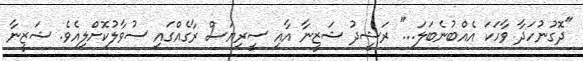
"ދޮގުނުހަދާ ވާހަކަ އެއްބުނެބަލަ..." ރަޝީދު ޝަޒީނާ އާއި ސީރިޔަސް ރާގެއްގައި ސުވާލުކޮށްލިއެވެ. ޝަޒީނާ